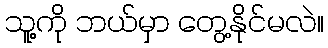
သူ့ကို ဘယ်မှာ တွေ့နိုင်မလဲ။